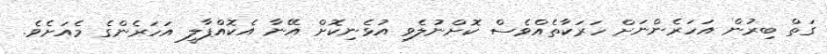
ގަތް ބިރުން އަހަރެންނަށް ހަރަކާތެއްވެސް ކޮށްނުލެވި އުޅެނިކޮށް އޭނާ އެކޮއްޕާލީ އަހަރެންގެ މެއަށެވެ.